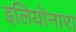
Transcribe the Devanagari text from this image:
इलियोनारा